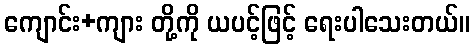
ကျောင်း+ကျား တို့ကို ယပင့်ဖြင့် ရေးပါသေးတယ်။